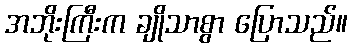
အဘိုးကြီးက ချိုသာစွာ ပြောသည်။